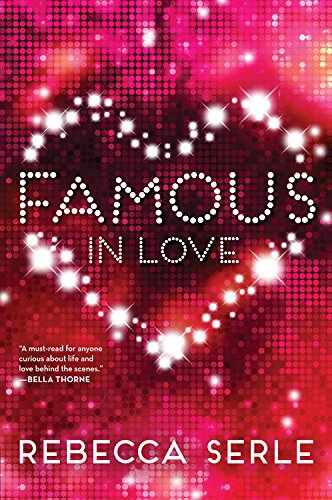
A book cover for Famous in Love; Rebecca Serle; Teen & Young Adult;